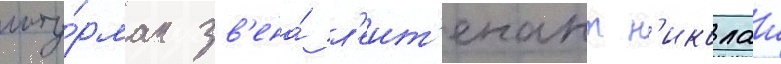
шту́рман зв'ена́ л'еит'енант н'иколаи